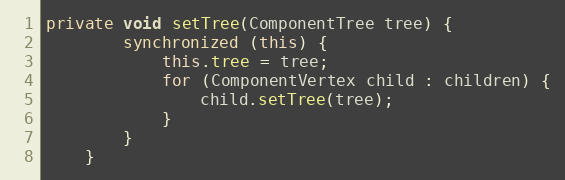
Language: Java
private void setTree(ComponentTree tree) {
        synchronized (this) {
            this.tree = tree;
            for (ComponentVertex child : children) {
                child.setTree(tree);
            }
        }
    }